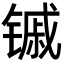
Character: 𬭭